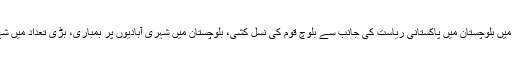
اقوام متحدہ کے انسانی حقوق کونسل میں متعدد اجلاسوں میں بلوچستان میں پاکستانی ریاست کی جانب سے بلوچ قوم کی نسل کشی، بلوچستان میں شہری آبادیوں پر بمباری، بڑی تعداد میں شہریوں کی نقل مکانی پر تشویش کا اظہار کیا جاچکا ہے۔